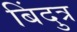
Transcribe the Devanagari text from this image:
बिंदुत्र